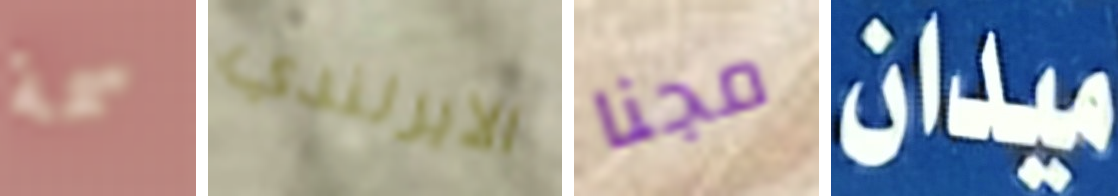
سمة الايرلندي مجنا ميدان